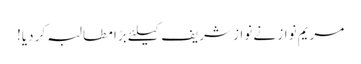
مریم نواز نے نواز شریف کیلئے بڑا مطالبہ کر دیا!